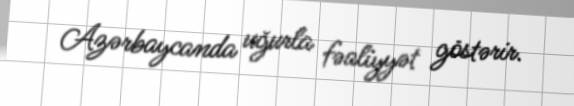
Azərbaycanda uğurla fəaliyyət göstərir.